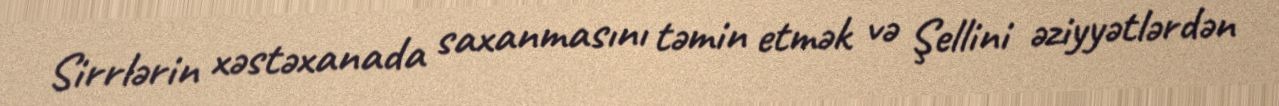
Sirrlərin xəstəxanada saxanmasını təmin etmək və Şellini əziyyətlərdən